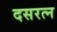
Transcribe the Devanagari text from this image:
दसरत्न